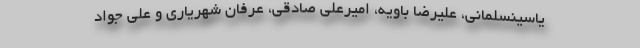
یاسینسلمانی، علیرضا باویه، امیرعلی صادقی، عرفان شهریاری و علی جواد